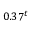
0 . 3 7 ^ { t }